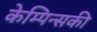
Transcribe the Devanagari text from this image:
केम्पिन्सकी